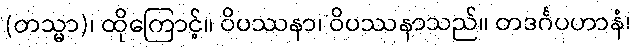
(တသ္မာ)၊ ထိုကြောင့်။ ဝိပဿနာ၊ ဝိပဿနာသည်။ တဒင်္ဂပဟာနံ၊